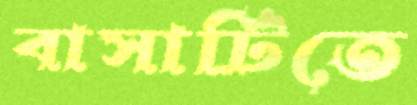
বাসাটিতে